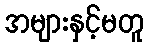
အများနှင့်မတူ